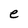
Character: e